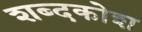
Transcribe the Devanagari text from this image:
शब्‍दकोश